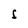
Character: S